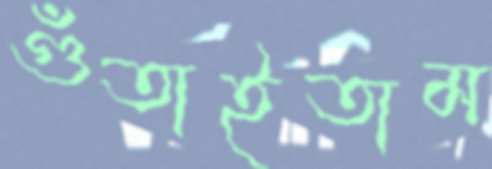
গুঁতাইতাম